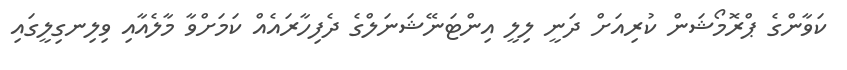
ކަވާންގެ ޕްރޮމޯޝަން ކުރިއަށް ދަނީ ލިލީ އިންޓަނޭޝަނަލްގެ ދެފިހާރައެއް ކަމަށްވާ މާލެއާއި ވިލިނގިލީގައި